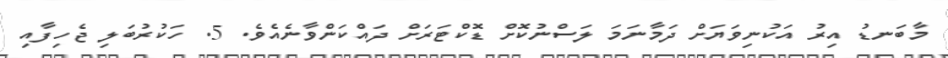
މާބަނޑު އިރު އަކުނިވަޔަށް ދަމާނަމަ ލަސްނުކޮށް ޑޮކްޓަރަށް ދައްކަންވާނެއެވެ. 5. ހަކުރުބަލި ޖެހިފާއި